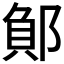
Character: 𮠂